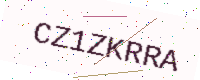
Text: CZ1ZKRRA